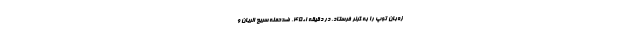
زه‌بان توپ را به کرنر فرستاد. در دقیقه ۱+۴۵، ضدحمله سریع الریان و